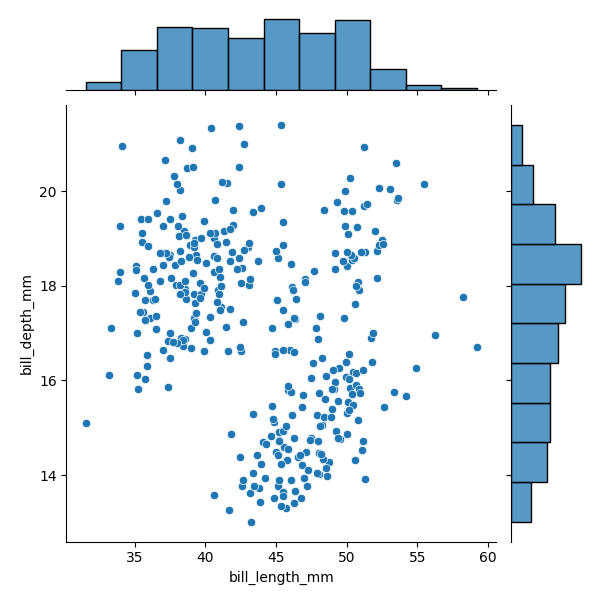
python, seaborn, JointGrid, scatterplot, histplot